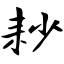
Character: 耖